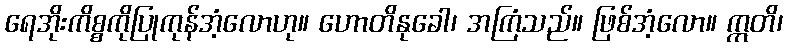
ရေအိုးကိစ္စကိုပြုကုန်အံ့လောဟု။ ဟောတိနုခေါ၊ အကြံသည်။ ဖြစ်အံ့လော။ ဣတိ၊